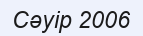
Сәуір 2006